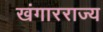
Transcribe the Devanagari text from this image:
खंगारराज्य